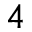
4